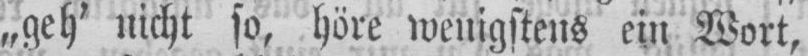
„geh’ nicht so, höre wenigstens ein Wort,